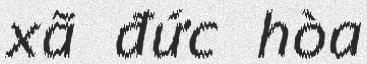
xã đức hòa